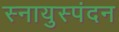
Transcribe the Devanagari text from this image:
स्नायुस्पंदन